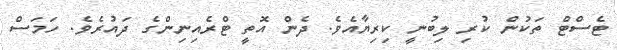
ޓެސްޓް ތަކުން ކުރި ލިބުނީ ކިރިޔާއެވެ. ދެން އޮތީ ޓްރެއިނިންގެ ދައުރެވެ. ހަމަސް